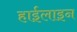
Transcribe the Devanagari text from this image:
हाईलाइन